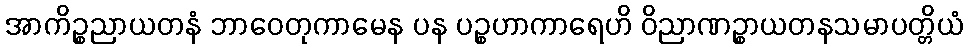
အာကိဉ္စညာယတနံ ဘာဝေတုကာမေန ပန ပဉ္စဟာကာရေဟိ ဝိညာဏဉ္စာယတနသမာပတ္တိယံ